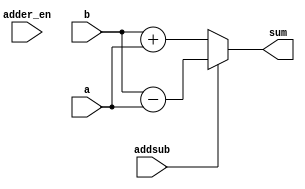
module adder(
	input [39:0] a,
    input [39:0] b,
    input addsub,
	input adder_en,
    output [39:0] sum
    );

		assign sum = (addsub == 1'b1) ? (b - a) : 
						 (addsub == 1'b0) ? (b + a) :
						 	sum;	

endmodule